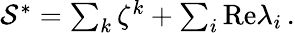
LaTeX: \begin{array}{r}{\mathcal{S}^{*}=\sum_{k}\zeta^{k}+\sum_{i}\mathrm{Re}\lambda_{i}\, .}\end{array}